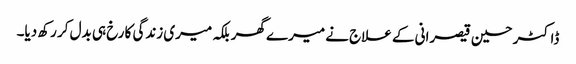
ڈاکٹر حسین قیصرانی کے علاج نے میرے گھر بلکہ میری زندگی کا رخ ہی بدل کر رکھ دیا۔